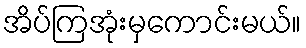
အိပ်ကြအုံးမှကောင်းမယ်။